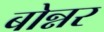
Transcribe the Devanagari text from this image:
बोन्नर